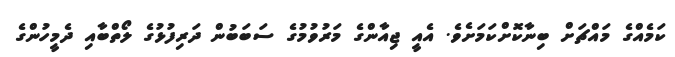
ކަމެއްގެ މައްޗަށް ބިނާކޮށްކަމަށެވެ. އެއީ ޖިއާންގެ މަރުވުމުގެ ސަބަބުން ދަރިފުޅުގެ ލޯތްބާއި ދެމީހުންގެ